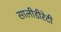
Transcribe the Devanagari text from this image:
सालीडीरेटी